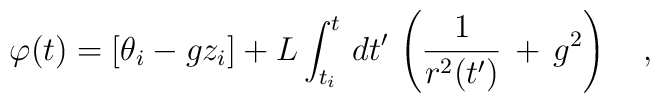
\varphi(t)=\left[\theta_i-gz_i\right]+L\int_{t_i}^t\,dt'\,\left(\frac{1}{r^2(t')}\,+\,g^2\right)\ \ \ ,